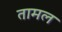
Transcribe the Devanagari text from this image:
तामल